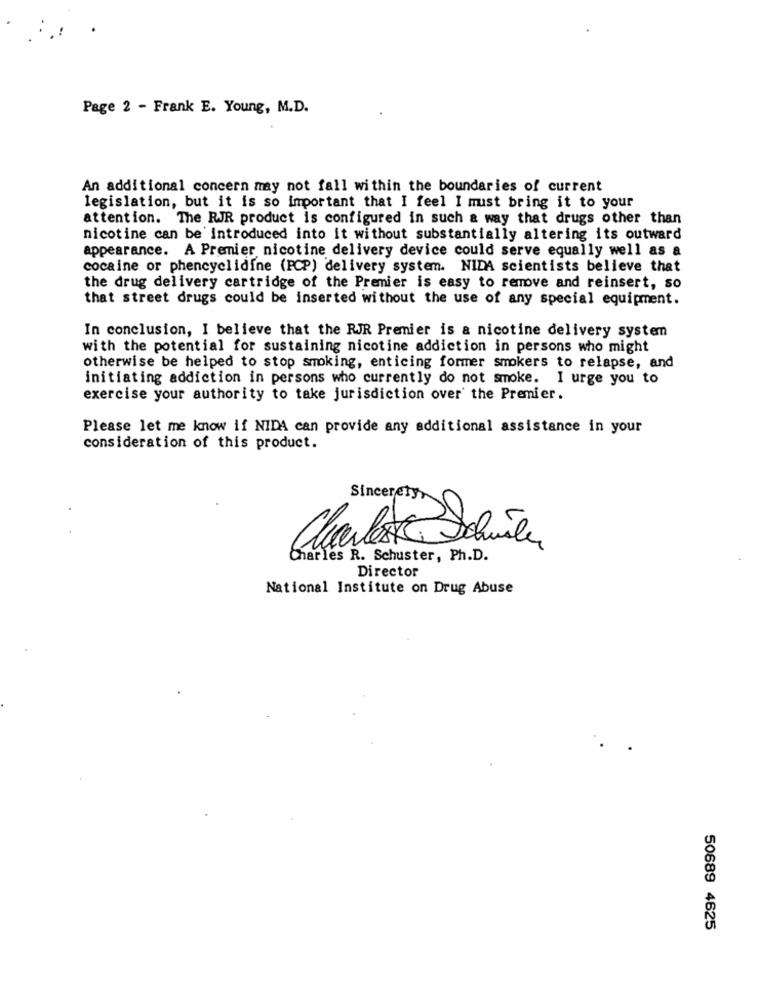
Page 2 - Frank E. Young, M.D.
An additional concern may not fall within the boundaries of current
legislation, but it is so important that I feel I must bring it to your
attention. The RJR product is configured in such a way that drugs other than
nicotine can be introduced into it without substantially altering its outward
appearance. A Premier nicotine delivery device could serve equally well as a
cocaine or phencyclidine (PCP) delivery system. NIDA scientists believe that
the drug delivery cartridge of the Premier is easy to remove and reinsert, so
that street drugs could be inserted without the use of any special equipment.
In conclusion, I believe that the RJR Premier is a nicotine delivery system
with the potential for sustaining nicotine addiction in persons who might
otherwise be helped to stop smoking, enticing former smokers to relapse, and
initiating addiction in persons who currently do not smoke. I urge you to
exercise your authority to take jurisdiction over the Premier.
Please let me know if NIDA can provide any additional assistance in your
consideration of this product.
Sincerely,
Charles R. Schuster, Ph.D.
Director
National Institute on Drug Abuse
50689 4625